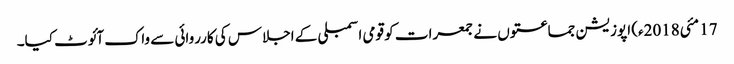
17 مئی2018ء) اپوزیشن جماعتوں نے جمعرات کو قومی اسمبلی کے اجلاس کی کارروائی سے واک آئوٹ کیا۔